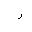
Letter: _ra